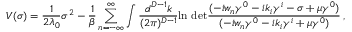
V ( \sigma ) = \frac { 1 } { 2 \lambda _ { 0 } } \sigma ^ { 2 } - \frac { 1 } { \beta } \sum _ { n = - \infty } ^ { \infty } \int \frac { d ^ { D - 1 } k } { ( 2 \pi ) ^ { D - 1 } } \mathrm { l n ~ d e t } \frac { ( - i w _ { n } \gamma ^ { 0 } - i k _ { i } \gamma ^ { i } - \sigma + \mu \gamma ^ { 0 } ) } { ( - i w _ { n } \gamma ^ { 0 } - i k _ { i } \gamma ^ { i } + \mu \gamma ^ { 0 } ) } \, ,